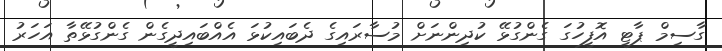
ގާސިމް ޕާޓީ އޮފީހުގަ ގެންގުޅޭ ކުދިންނަށް މުސާރައިގެ ދެބައިކުޅަ އެއްބައިދީގެން ގެންގުޅޭތާ އަހަރު